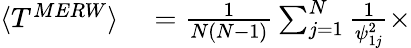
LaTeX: \begin{array}{rl}{\langle T^{MERW}\rangle}&{{}=\frac{1}{N(N-1)}\sum_{j=1}^{N}\frac{1}{\psi_{1j}^{2}}\times}\end{array}